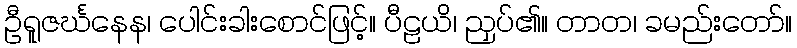
ဦရူဇင်္ဃနေန၊ ပေါင်းခါးစောင်ဖြင့်။ ပီဠယိ၊ ညှပ်၏။ တာတ၊ ခမည်းတော်။